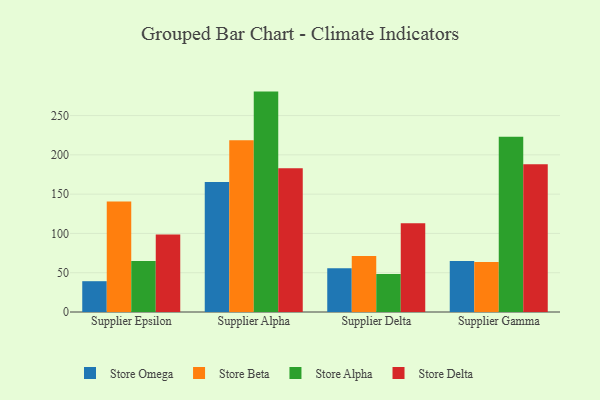
{"axis": {"x": "Supplier", "y": "Shipments"}, "legend": ["Store Alpha", "Store Beta", "Store Delta", "Store Omega"], "data": [{"x": "Supplier Epsilon", "y": 39.2, "type": "Store Omega"}, {"x": "Supplier Epsilon", "y": 140.5, "type": "Store Beta"}, {"x": "Supplier Epsilon", "y": 65.0, "type": "Store Alpha"}, {"x": "Supplier Epsilon", "y": 98.7, "type": "Store Delta"}, {"x": "Supplier Alpha", "y": 165.4, "type": "Store Omega"}, {"x": "Supplier Alpha", "y": 218.7, "type": "Store Beta"}, {"x": "Supplier Alpha", "y": 280.5, "type": "Store Alpha"}, {"x": "Supplier Alpha", "y": 183.1, "type": "Store Delta"}, {"x": "Supplier Delta", "y": 55.8, "type": "Store Omega"}, {"x": "Supplier Delta", "y": 71.2, "type": "Store Beta"}, {"x": "Supplier Delta", "y": 48.4, "type": "Store Alpha"}, {"x": "Supplier Delta", "y": 112.9, "type": "Store Delta"}, {"x": "Supplier Gamma", "y": 64.9, "type": "Store Omega"}, {"x": "Supplier Gamma", "y": 63.5, "type": "Store Beta"}, {"x": "Supplier Gamma", "y": 223.1, "type": "Store Alpha"}, {"x": "Supplier Gamma", "y": 188.1, "type": "Store Delta"}]}